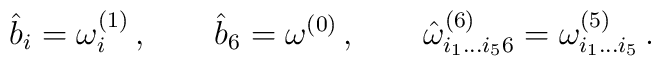
{\hat b}_i = \omega^{(1)}_i \, ,\qquad{\hat b}_6 = \omega^{(0)} \, ,\qquad{\hat \omega}^{(6)}_{i_1 \dots i_5 6} = \omega^{(5)}_{ i_1 \dots i_5} \, .